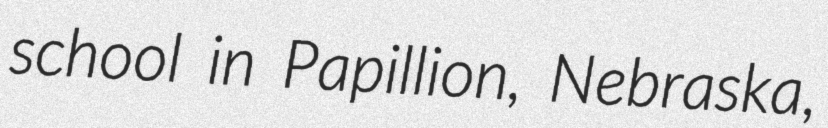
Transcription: school in Papillion, Nebraska,